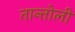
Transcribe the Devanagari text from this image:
तान्तोली